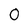
Character: 0